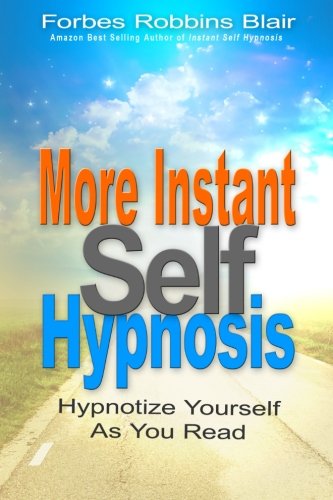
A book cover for More Instant Self-Hypnosis: "hypnotize yourself as you read"; Forbes Robbins Blair; Self-Help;